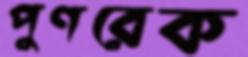
পুণরেক